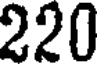
220